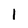
Character: 1